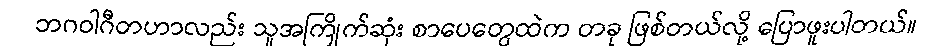
ဘဂဝါဂီတဟာလည်း သူအကြိုက်ဆုံး စာပေတွေထဲက တခု ဖြစ်တယ်လို့ ပြောဖူးပါတယ်။